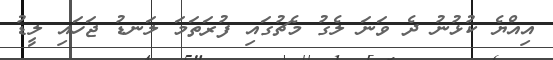
އިއްޔެ ކުޅުނު ދެ ވަނަ ލެގު މެޗުގައި ފުރަތަމަ ލަނޑު ޖަހައި ލީޑު